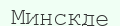
Минскде